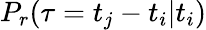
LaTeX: P_{r}(\tau=t_{j}-t_{i}|t_{i})